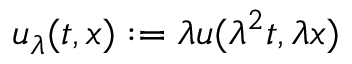
u _ { \lambda } ( t , x ) : = \lambda u ( \lambda ^ { 2 } t , \lambda x )